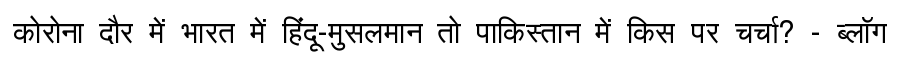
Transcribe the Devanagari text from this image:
कोरोना दौर में भारत में हिंदू-मुसलमान तो पाकिस्तान में किस पर चर्चा? - ब्लॉग